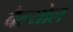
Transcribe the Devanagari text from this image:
बैल्योल